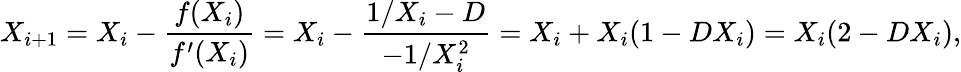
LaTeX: X_{i+1}=X_{i}-{\frac{f(X_{i})}{f^{\prime}(X_{i})}}=X_{i}-{\frac{1/X_{i}-D}{-1/X_{i}^{2}}}=X_{i}+X_{i}(1-DX_{i})=X_{i}(2-DX_{i}),